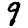
Digit: 9